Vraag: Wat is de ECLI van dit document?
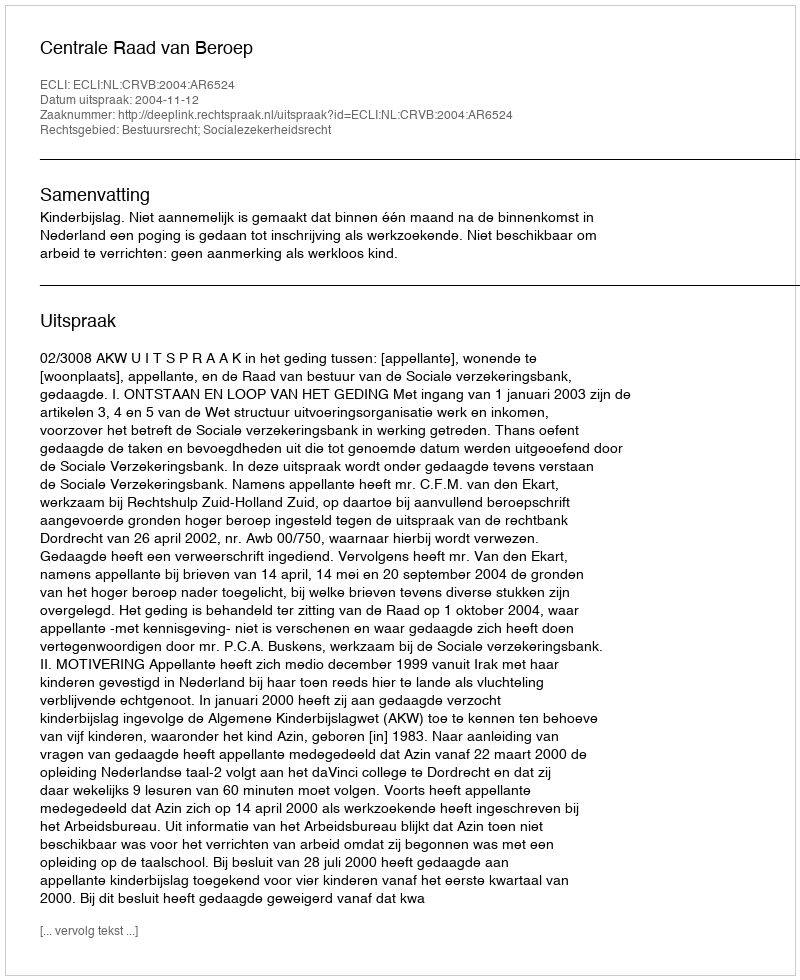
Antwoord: ECLI:NL:CRVB:2004:AR6524